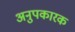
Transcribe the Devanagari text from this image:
अनुपकारक